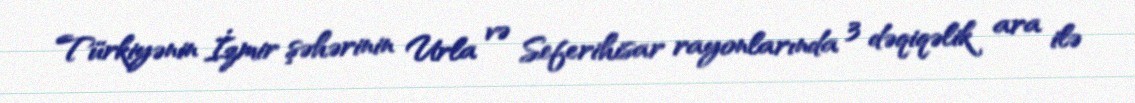
Türkiyənin İzmir şəhərinin Urla və Seferihisar rayonlarında 3 dəqiqəlik ara ilə